Punjab Mental Hospital Lahore 1922-31 - 1922-1931
Year: 1922
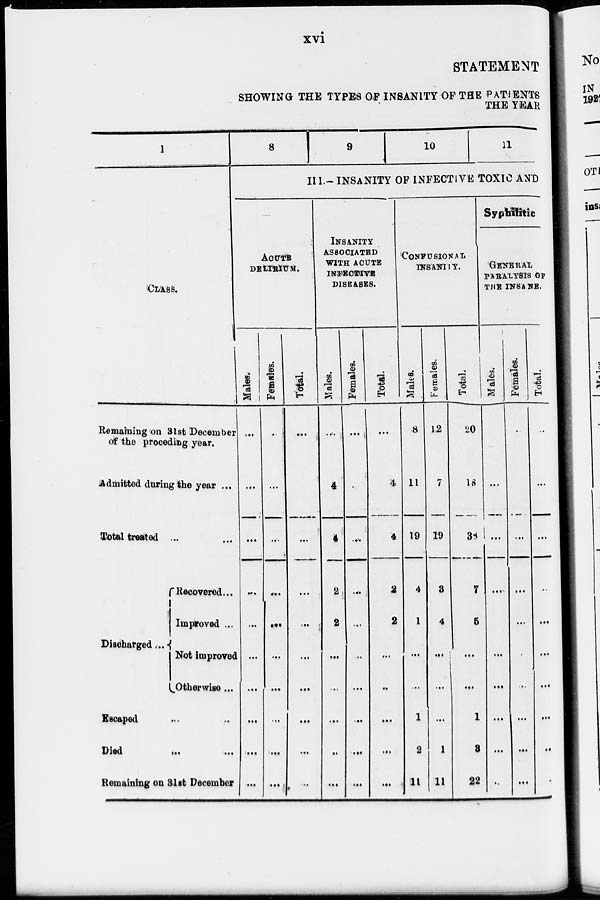
xvi
STATEMENT
SHOWING THE TYPES OF INSANITY OF THE PATIENTS
THE YEAR
CLASS.
Remaining on 31st December
of the proceding year.
Admitted during the year ...
Total treated ...
Discharged ...
Recovered ...
Improved ...
Not improved
Otherwise ...
Escaped ... ...
Died
...
...
Remaining on 31st December
8 9 10 11
III.- INSANITY OF INFECTIVE TOXIC AND
ACUTE
DELTRIUM.
Males.
...
...
...
...
...
...
...
...
...
...
Females.
...
...
...
...
...
...
...
...
...
...
Totals.
...
...
...
...
...
...
...
...
...
...
INSANITY
ASSOCIATED
WITH ACUTE
DISEASES.
Males.
...
4
...
2
2
...
...
...
...
...
Females.
...
...
...
...
...
...
...
...
...
...
Total.
...
4
4
2
2
...
...
...
...
...
CONFUSIONAL
INSANITY.
Males.
8
11
19
4
1
...
...
1
2
11
Females.
12
7
19
3
4
...
...
...
1
11
Total.
20
18
38
7
5
...
...
1
3
22
Syphmrtic
GENERAL
PARALYSIS OF
THE INSANE.
Males.
...
...
...
...
...
...
...
...
...
...
Females.
...
...
...
...
...
...
...
...
...
Total.
...
...
...
...
...
...
...
...
...